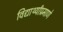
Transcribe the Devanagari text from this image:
विद्यार्थ्यांप्रमाणे